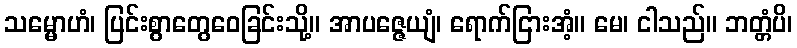
သမ္မောဟံ၊ ပြင်းစွာတွေဝေခြင်းသို့။ အာပဇ္ဇေယျံ၊ ရောက်ငြားအံ့။ မေ၊ ငါသည်။ ဘတ္တံပိ၊